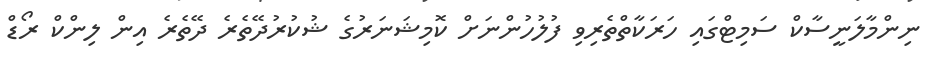
ނިންމާލަނީސާކް ސަމިޓްގައި ހަރަކާތްތެރިވި ފުލުހުންނަށް ކޮމިޝަނަރުގެ ޝުކުރުދޭތެރެ ދޭތެރެ އިން ލިންކް ރޯޑް